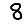
Digit: 8